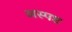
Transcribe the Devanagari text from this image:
अस्पष्ट